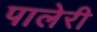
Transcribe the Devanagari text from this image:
पालेरी